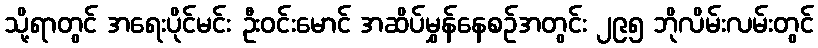
သို့ရာတွင် အရေးပိုင်မင်း ဦးဝင်းမောင် အဆိပ်မွှန်နေစဉ်အတွင်း ၂၉၅ ဘိုလိမ်းလမ်းတွင်